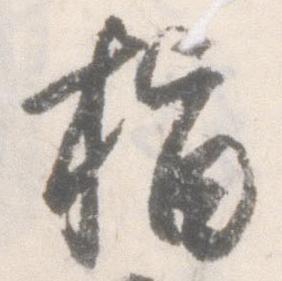
指